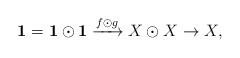
LaTeX: \begin{align*}\mathbf{1} = \mathbf{1} \odot \mathbf{1} \xrightarrow{f \odot g} X \odot X \to X,\end{align*}